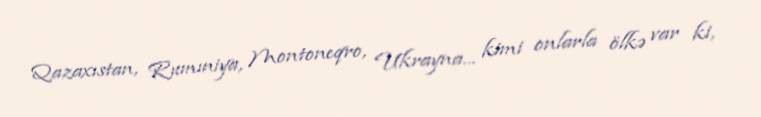
Qazaxıstan, Rumıniya, Montoneqro, Ukrayna... kimi onlarla ölkə var ki,